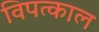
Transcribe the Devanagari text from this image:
विपत्काल